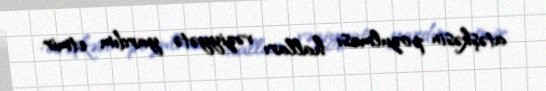
atəşkəsin pozulması halları vəziyyətə yardım etmir.